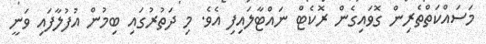
މަސައްކަތްތެރިން ގޮވައިގެން ރޮކެޓް ނައްޓާލައިފި އެވެ. މި ދަތުރުގައި ބިމުން އުފުލާފައި ވަނީ